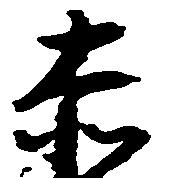
赤